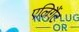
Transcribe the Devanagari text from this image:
एलिगैंट